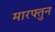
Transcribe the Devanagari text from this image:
मारफ्तुन